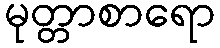
မုတ္တာစာရော